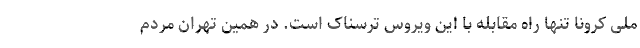
ملی کرونا تنها راه مقابله با این ویروس ترسناک است. در همین تهران مردم